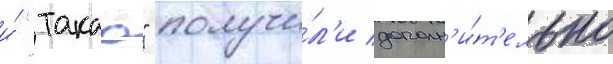
и́ "такао" получи́л'и дополн'и́т'ельно